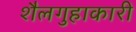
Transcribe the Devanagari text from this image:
शैलगुहाकारी